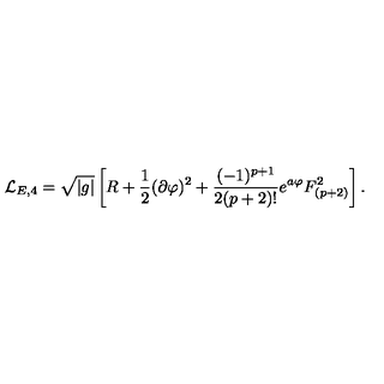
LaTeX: { \cal L } _ { E , 4 } = \sqrt { | g | } \left[ R + { \frac { 1 } { 2 } } ( \partial \varphi ) ^ { 2 } + { \frac { ( - 1 ) ^ { p + 1 } } { 2 ( p + 2 ) ! } } e ^ { a \varphi } F _ { ( p + 2 ) } ^ { 2 } \right] .